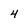
Character: 4